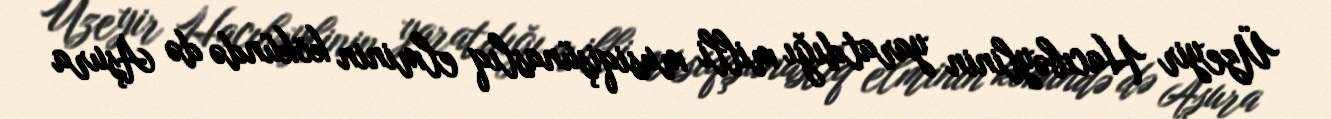
Üzeyir Hacıbəylinin yaratdığı milli musiqişünaslıq elminin kökündə də Aşura